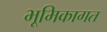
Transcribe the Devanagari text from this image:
भूमिकागत